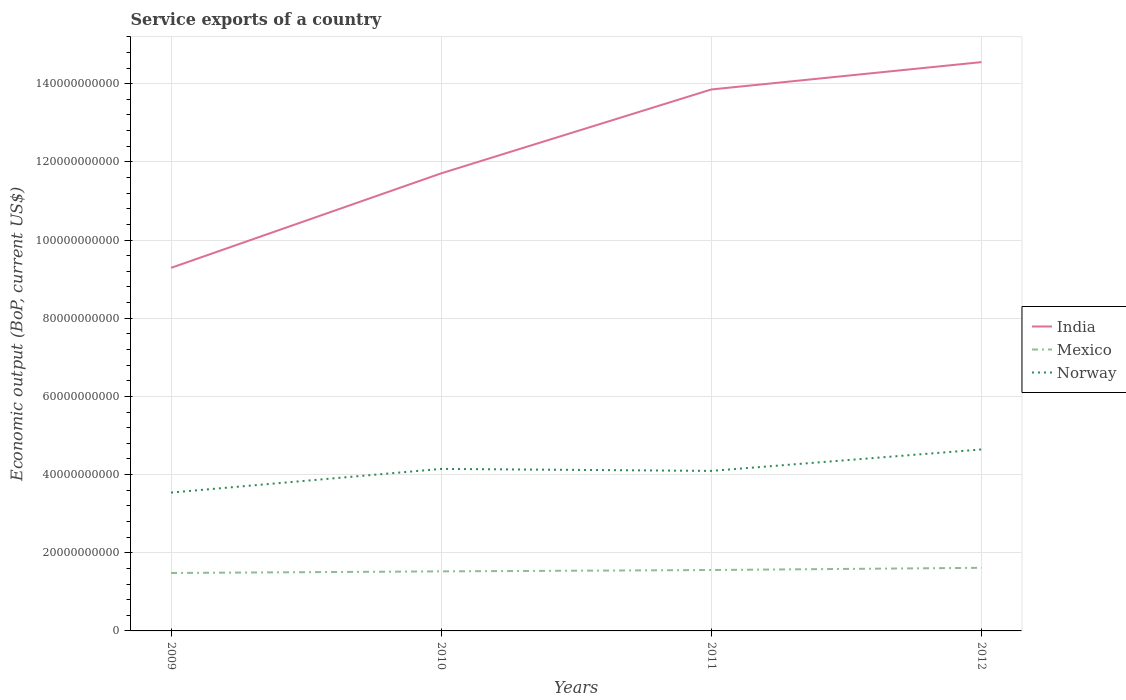
| Years | India | Mexico | Norway |
 | --- | --- | --- | --- |
 | 2009 | 9.29e+10 | 1.48e+10 | 3.54e+10 |
 | 2010 | 1.17e+11 | 1.52e+10 | 4.15e+10 |
 | 2011 | 1.39e+11 | 1.56e+10 | 4.09e+10 |
 | 2012 | 1.46e+11 | 1.61e+10 | 4.64e+10 |